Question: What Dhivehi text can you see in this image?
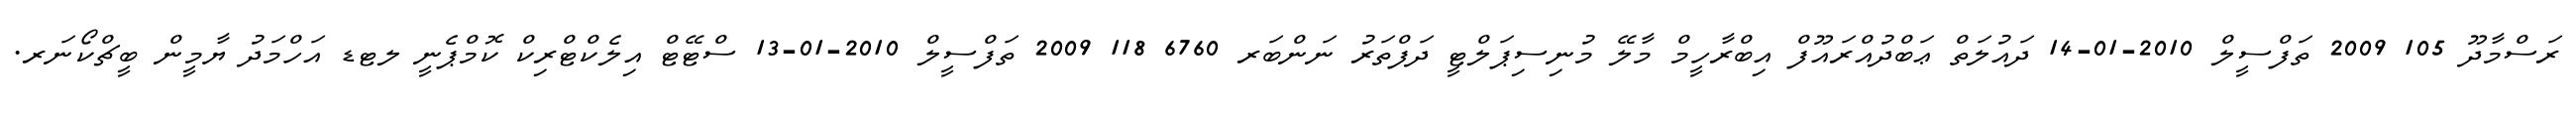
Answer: ރަސްމާދޫ 105 2009 ތަފްސީލް 2010-01-14 ދައުލަތް ޢަބްދުއްރައޫފް އިބްރާހީމް މާލޭ މުނިސިޕަލްޓީ ދަފްތަރު ނަންބަރ 6760 118 2009 ތަފްސީލް 2010-01-13 ސްޓޭޓް އިލެކްޓްރިކް ކޮމްޕެނީ ލޓޑ އަހްމަދު ޔާމީން ބީޗްކޯނަރ.